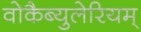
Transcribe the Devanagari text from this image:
वोकैब्युलेरियम्